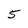
Character: 5